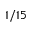
1 / 1 5